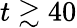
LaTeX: t\gtrsim 40